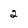
Character: 2